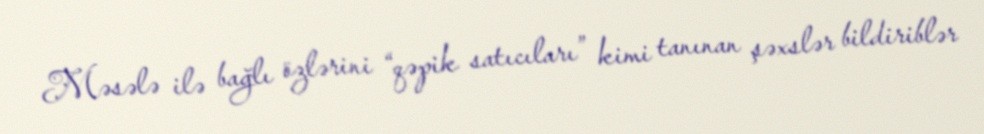
Məsələ ilə bağlı özlərini “qəpik satıcıları” kimi tanınan şəxslər bildiriblər